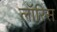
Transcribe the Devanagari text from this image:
लॉरिस